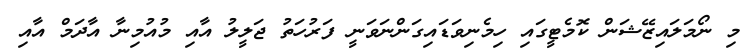
މި ނޯމަލައިޒޭޝަން ކޮމެޓީގައި ހިމެނިވަޑައިގަންނަވަނީ ފަރުހަތު ޖަލީލު އާއި މުއުމިނާ އާދަމް އާއި